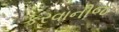
કરવાનીજ